Annual administration report of the Civil Veterinary Department, Sind - 1942-1943
Year: 1942
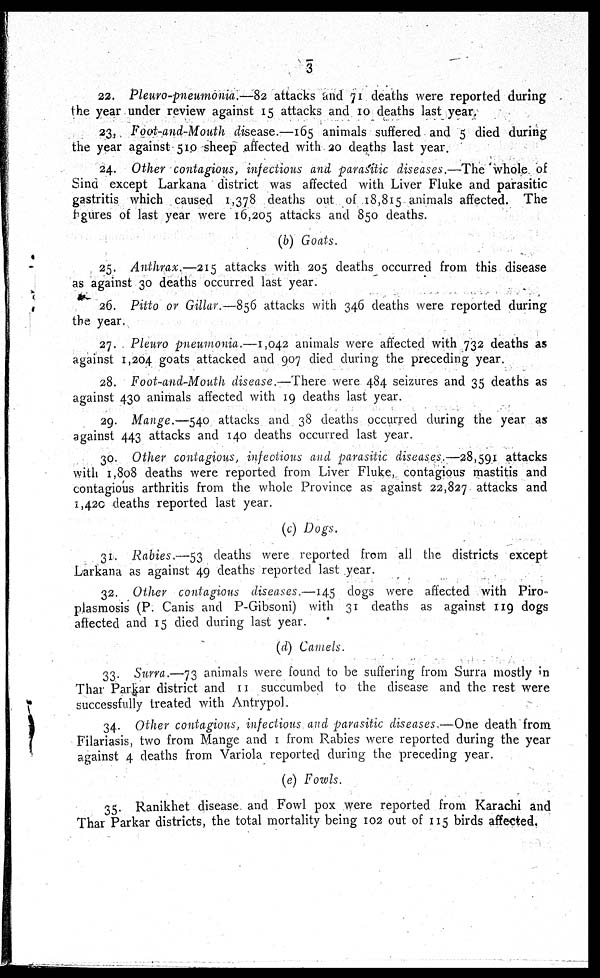
3
22. Pleuro-pneumonia.—82 attacks and 71 deaths were reported during
the year under review against 15 attacks and 10 deaths last year.
23. Foot-and-Mouth disease.—165 animals suffered and 5 died during
the year against 510 sheep affected with 20 deaths last year.
24. Other contagious, infectious and parasitic diseases.—The whole of
Sind except Larkana district was affected with Liver Fluke and parasitic
gastritis which caused 1,378 deaths out of 18,815 animals affected. The
figures of last year were 16,205 attacks and 850 deaths.
(b) Goats.
25. Anthrax.—215 attacks with 205 deaths occurred from this disease
as against 30 deaths occurred last year.
26. Pitto or Gillar.—856 attacks with 346 deaths were reported during
the year.
27. Pleuro pneumonia.—1,042 animals were affected with 732 deaths as
against 1,204 goats attacked and 907 died during the preceding year.
28. Foot-and-Mouth disease.—There were 484 seizures and 35 deaths as
against 430 animals affected with 19 deaths last year.
29. Mange.—540 attacks and 38 deaths occurred during the year as
against 443 attacks and 140 deaths occurred last year.
30. Other contagious, infectious and parasitic diseases.—28,591 attacks
with 1,808 deaths were reported from Liver Fluke, contagious mastitis and
contagious arthritis from the whole Province as against 22,827 attacks and
1,420 deaths reported last year.
(c) Dogs.
31. Rabies.—53 deaths were reported from all the districts except
Larkana as against 49 deaths reported last year.
32. Other contagious diseases.—145 dogs were affected with Piro-
plasmosis (P. Canis and P-Gibsoni) with 31 deaths as against 119 dogs
affected and 15 died during last year.
(d) Camels.
33. Surra.—73 animals were found to be suffering from Surra mostly in
Thar Parkar district and 11 succumbed to the disease and the rest were
successfully treated with Antrypol.
34. Other contagious, infectious and parasitic diseases.—One death from
Filariasis, two from Mange and 1 from Rabies were reported during the year
against 4 deaths from Variola reported during the preceding year.
(e) Fowls.
35. Ranikhet disease and Fowl pox were reported from Karachi and
Thar Parkar districts, the total mortality being 102 out of 115 birds affected.